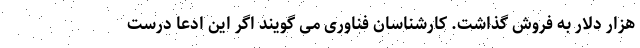
هزار دلار به فروش گذاشت. کارشناسان فناوری می گویند اگر این ادعا درست